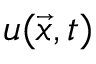
u ( \vec { x } , t )